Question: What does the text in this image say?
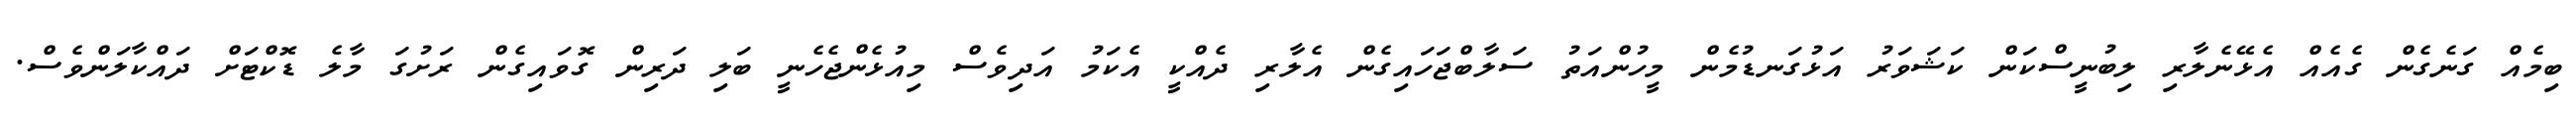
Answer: ބިމެއް ގަނެގެން ގެއެއް އެޅޭނެލާރި ލިބުނީސްކަން ކަޝަވަރު އަޅުގަނޑުމެން މީހުންއަތު ސަލާބްޖަހައިގެން އެލާރި ދެއްކީ އެކަމު އަދިވެސް މިއުޅެންޖެހެނީ ބަލި ދަރިން ގޮވައިގެން ރަށުގަ މާލެ ޑޮކްޓަށް ދައްކާލަންވެސް.